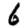
Digit: 6